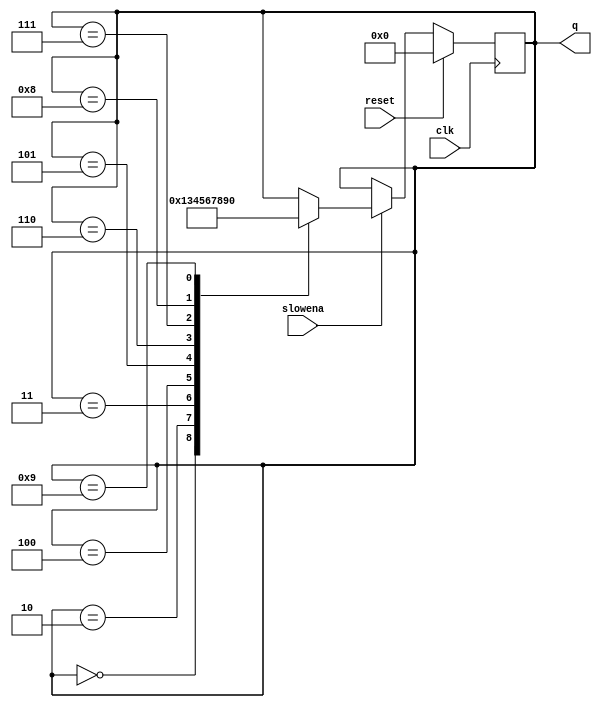
module top_module (
    input clk,
    input slowena,
    input reset,
    output reg [3:0] q
);
  always @(posedge clk) begin
    if (reset) begin
      q <= 0;
    end else begin
      if (slowena) begin
        case (q)
          4'b0000: q <= 4'b0001;
          4'b0010: q <= 4'b0011;
          4'b0011: q <= 4'b0100;
          4'b0100: q <= 4'b0101;
          4'b0101: q <= 4'b0110;
          4'b0110: q <= 4'b0111;
          4'b0111: q <= 4'b1000;
          4'b1000: q <= 4'b1001;
          4'b1001: q <= 4'b0000;
        endcase
      end else begin
        q <= q;
      end
    end
  end
endmodule


module top_module2 (
    input clk,
    input slowena,
    input reset,
    output reg [3:0] q
);

  always @(posedge clk) begin
    if (reset) q <= 0;
    else if (slowena) begin
      if (q == 9)  //slowena is high
        q <= 0;
      else q <= q + 1;
    end else q <= q;
  end
endmodule